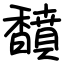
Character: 馩